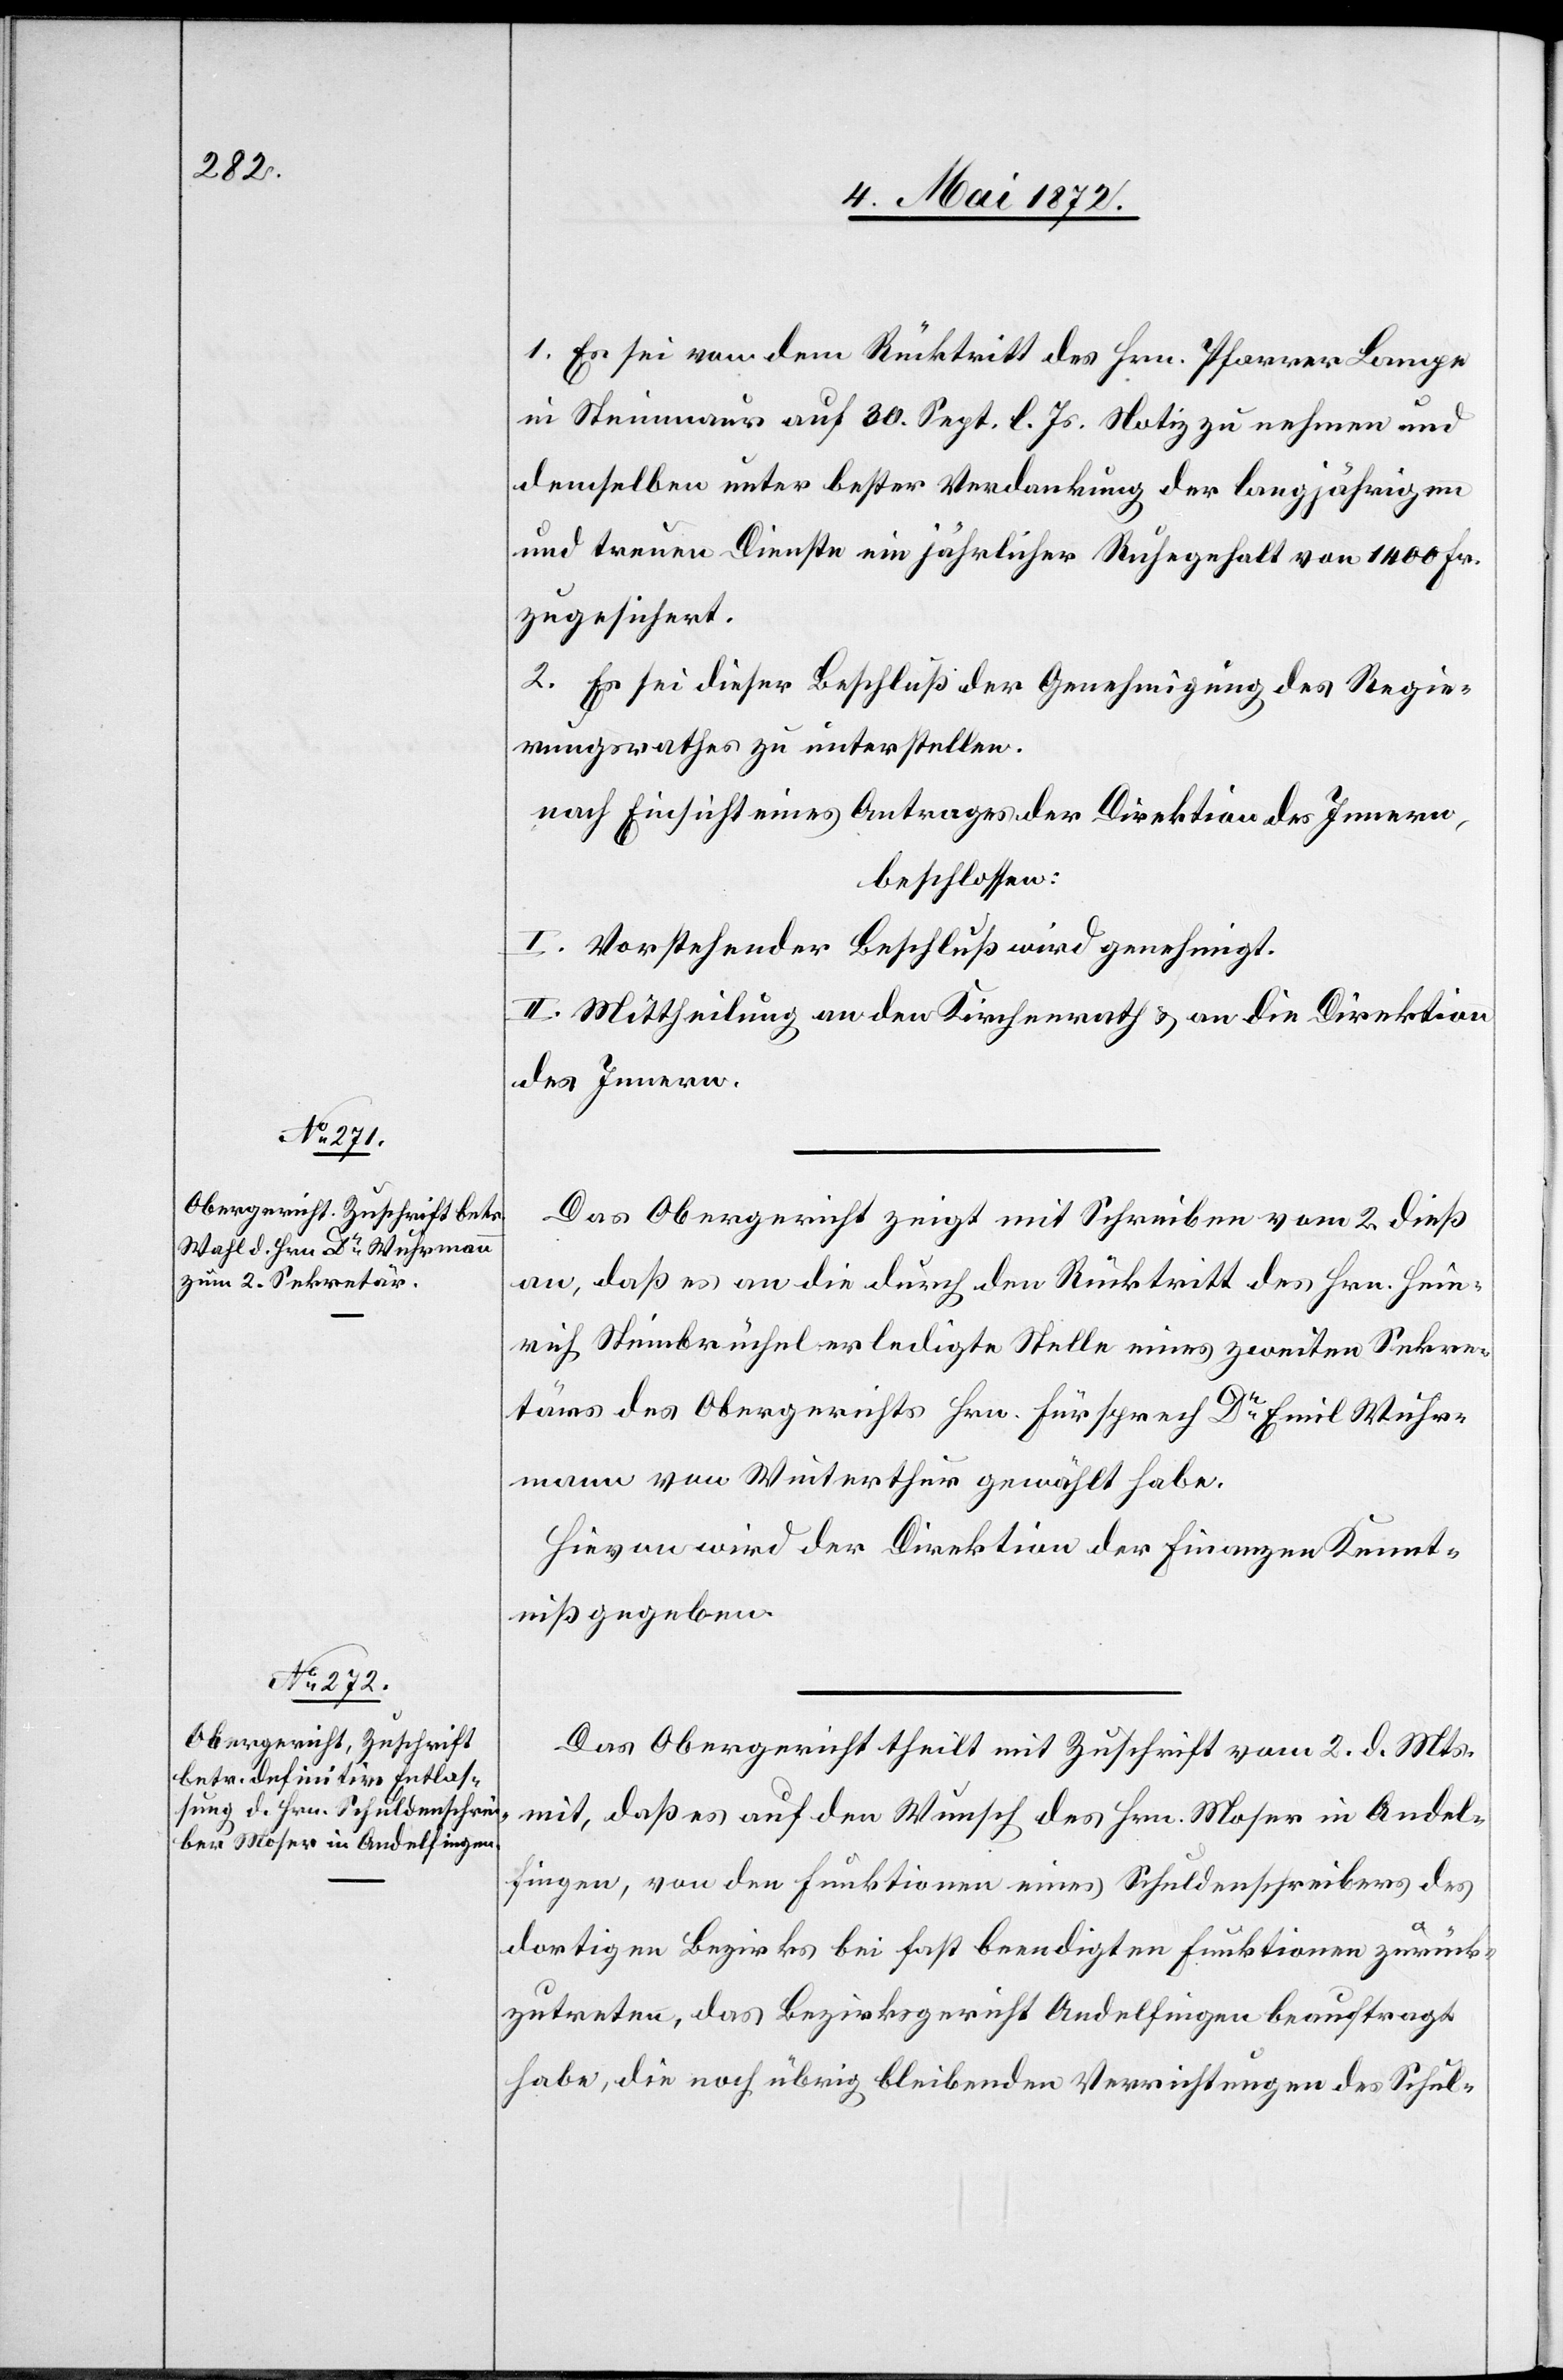
1. Es sei von dem Rücktritt des Hrn. Pfarrer Lampe
in Steinmaur auf 30. Sept. l. Js. Notiz zu nehmen und
demselben unter bester Verdankung der langjährige¬
n treuen Dienste ein jährlicher Ruhegehalt von 1400 Fr.
zugesichert.
2. Es sei dieser Beschluß der Genehmigung des Regie¬
rungsrathes zu unterstellen.
nach Einsicht eines Antrages der Direktion des Innern,
beschlossen:
I. Vorstehender Beschluß wird genehmigt.
II. Mittheilung an den Kirchenrath u. an die Direktion
des Innern.
Das Obergericht zeigt mit Schreiben vom 2. dieß
an, daß es an die durch den Rücktritt des Hrn. Hein¬
rich Steinbrüchel erledigte Stelle eines zweiten Sekre¬
tärs des Obergerichts Hrn. Fürsprech Dr. Emil Wuhr¬
mann von Winterthur gewählt habe.
Hievon wird der Direktion der Finanzen Kennt¬
niß gegeben.
Das Obergericht theilt mit Zuschrift vom 2. d. Mts.
mit, daß es auf den Wunsch des Hrn. Moser in Andel¬
fingen, von den Funktionen eines Schuldenschreibers des
dortigen Bezirks bei fast beendigten Funktionen zurück¬
zutreten, das Bezirksgericht Andelfingen beauftragt
habe, die noch übrig bleibenden Verrichtungen des Schul-